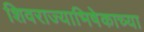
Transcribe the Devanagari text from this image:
शिवराज्याभिषेकाच्या